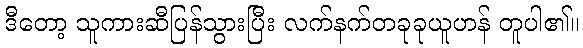
ဒီတော့ သူကားဆီပြန်သွားပြီး လက်နက်တခုခုယူဟန် တူပါ၏။